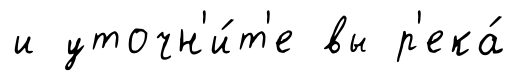
и уточн'и́т'е вы р'ека́